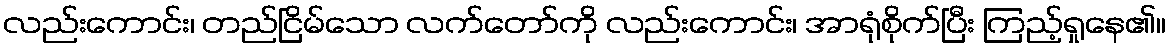
လည်းကောင်း၊ တည်ငြိမ်သော လက်တော်ကို လည်းကောင်း၊ အာရုံစိုက်ပြီး ကြည့်ရှုနေ၏။